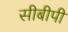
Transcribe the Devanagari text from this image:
सीबीपी